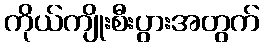
ကိုယ်ကျိုးစီးပွားအတွက်